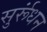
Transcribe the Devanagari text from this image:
सुर्रूंधन